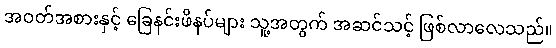
အဝတ်အစားနှင့် ခြေနင်းဖိနပ်များ သူ့အတွက် အဆင်သင့် ဖြစ်လာလေသည်။